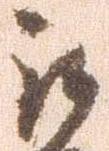
被